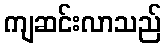
ကျဆင်းလာသည်